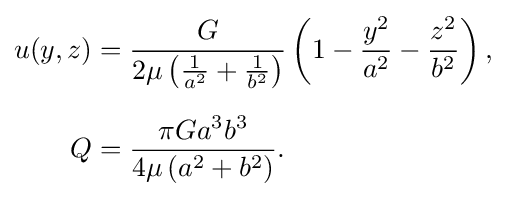
{\begin{aligned}u(y,z)&={\frac {G}{2\mu \left({\frac {1}{a^{2}}}+{\frac {1}{b^{2}}}\right)}}\left(1-{\frac {y^{2}}{a^{2}}}-{\frac {z^{2}}{b^{2}}}\right),\\[6pt]Q&={\frac {\pi Ga^{3}b^{3}}{4\mu \left(a^{2}+b^{2}\right)}}.\end{aligned}}